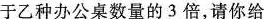
于乙种办公桌数量的3倍，请你给